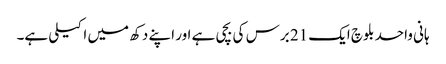
ہانی واحد بلوچ ایک 21 برس کی بچی ہے اور اپنے دکھ میں اکیلی ہے۔